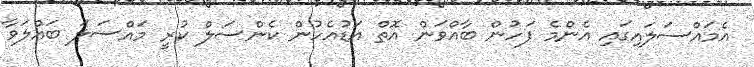
އެމައްސަލައިގައި އެންމެ ފަހުން ބާއްވަން އޮތް އަޑުއެހުން ކެންސަލް ކުރީ މައްސަލަ ބައްލަވާ